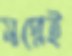
স্বপ্নেই